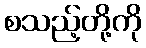
စသည့်တို့ကို